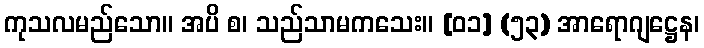
ကုသလမည်သော။ အပိ စ၊ သည်သာမကသေး။ [၀၁] (၅၃) အာရောဂျဋ္ဌေန၊